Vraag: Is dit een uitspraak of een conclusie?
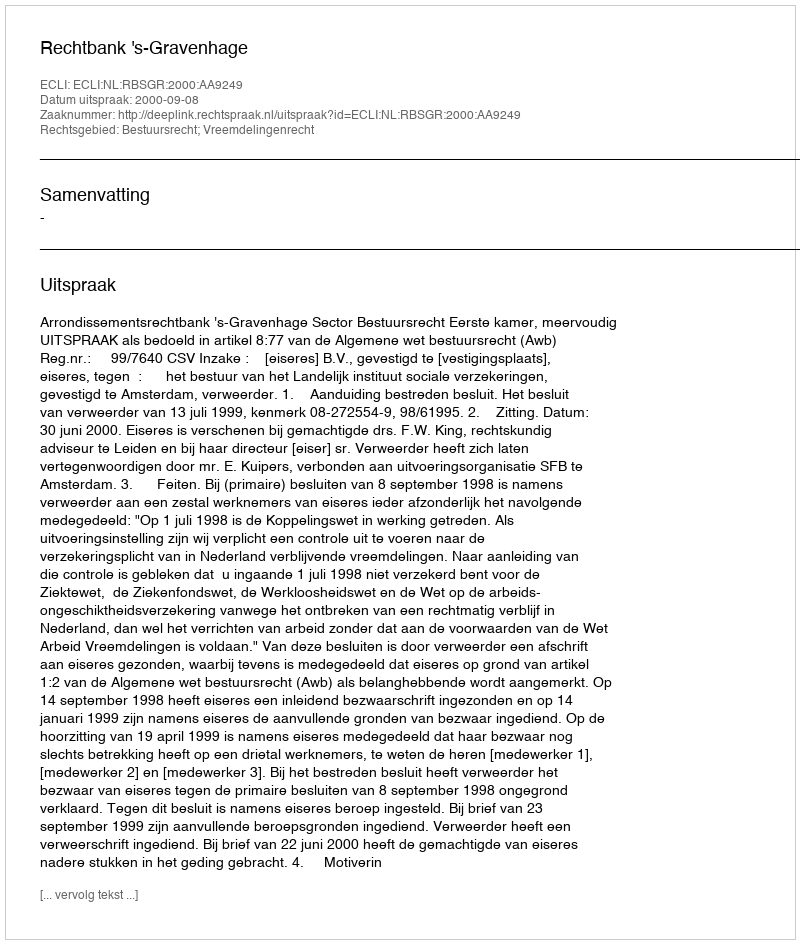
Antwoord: Uitspraak